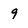
Character: 9